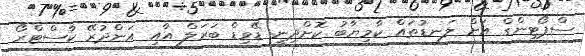
ސްޕޯޓިންގް އަށް ލަނޑުތައް ކާމިޔާބު ކޮށްދިނީ ޑޭވިޑް ބަރަލް އާއި އަންދުރޭ ކާސްޓްރޯ